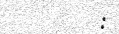
: